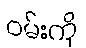
ဝမ်းကို